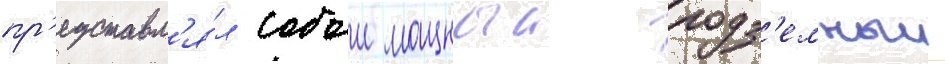
пр'едставл'я́л собои мощныи подз'емныи